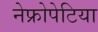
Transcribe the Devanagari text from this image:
नेफ्रोपेटिया